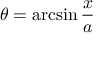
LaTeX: \theta = \arcsin { \frac { x } { a } }